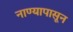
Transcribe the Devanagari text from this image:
नाण्यापासून